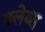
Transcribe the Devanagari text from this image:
क्लेब्स